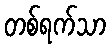
တစ်ရက်သာ